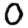
Digit: 0